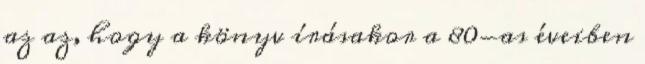
az az, hogy a könyv írásakor a 80-as éveiben